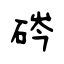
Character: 硶